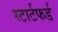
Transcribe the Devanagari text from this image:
स्टार्टफर्ड